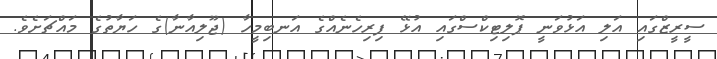
ސީރީޒްގައި އަލި އަޅުވަނީ ޕޮލިޓިކްސްގައި އުޅޭ ފިރިހެނެއްގެ އަނބިމީހާ (ޖޫލިއާނާ)ގެ ހަޔާތުގެ މައްޗަށެވެ.